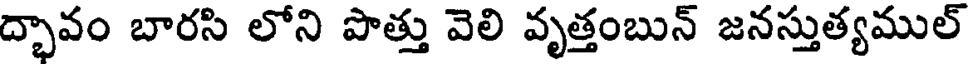
ద్భావం బారసి లోని పొత్తు వెలి వృత్తంబున్ జనస్తుత్యముల్